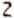
2